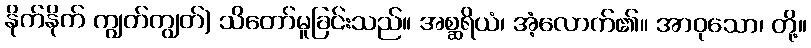
နိုက်နိုက် ကျွတ်ကျွတ်) သိတော်မူခြင်းသည်။ အစ္ဆရိယံ၊ အံ့လောက်၏။ အာဝုသော၊ တို့။